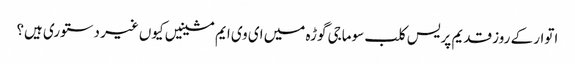
اتوار کے روز قدیم پریس کلب سوماجی گوڑہ میں ای وی ایم مشینیں کیوں غیر دستوری ہیں؟